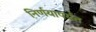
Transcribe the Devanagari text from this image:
निर्णयापर्यंत